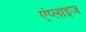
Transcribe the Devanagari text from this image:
एंप्लाइज